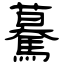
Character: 驀